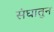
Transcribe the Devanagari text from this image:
संघातुन